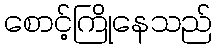
စောင့်ကြိုနေသည်